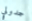
جدولي